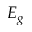
E _ { g }